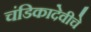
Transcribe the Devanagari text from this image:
चंडिकादेवीचे